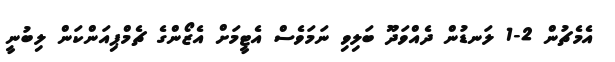
އެމެޗުން 2-1 ލަނޑުން ދެއްވަދޫ ބަލިވި ނަމަވެސް އެޓީމަށް އެޒޯންގެ ޗެމްޕިއަންކަން ލިބުނީ